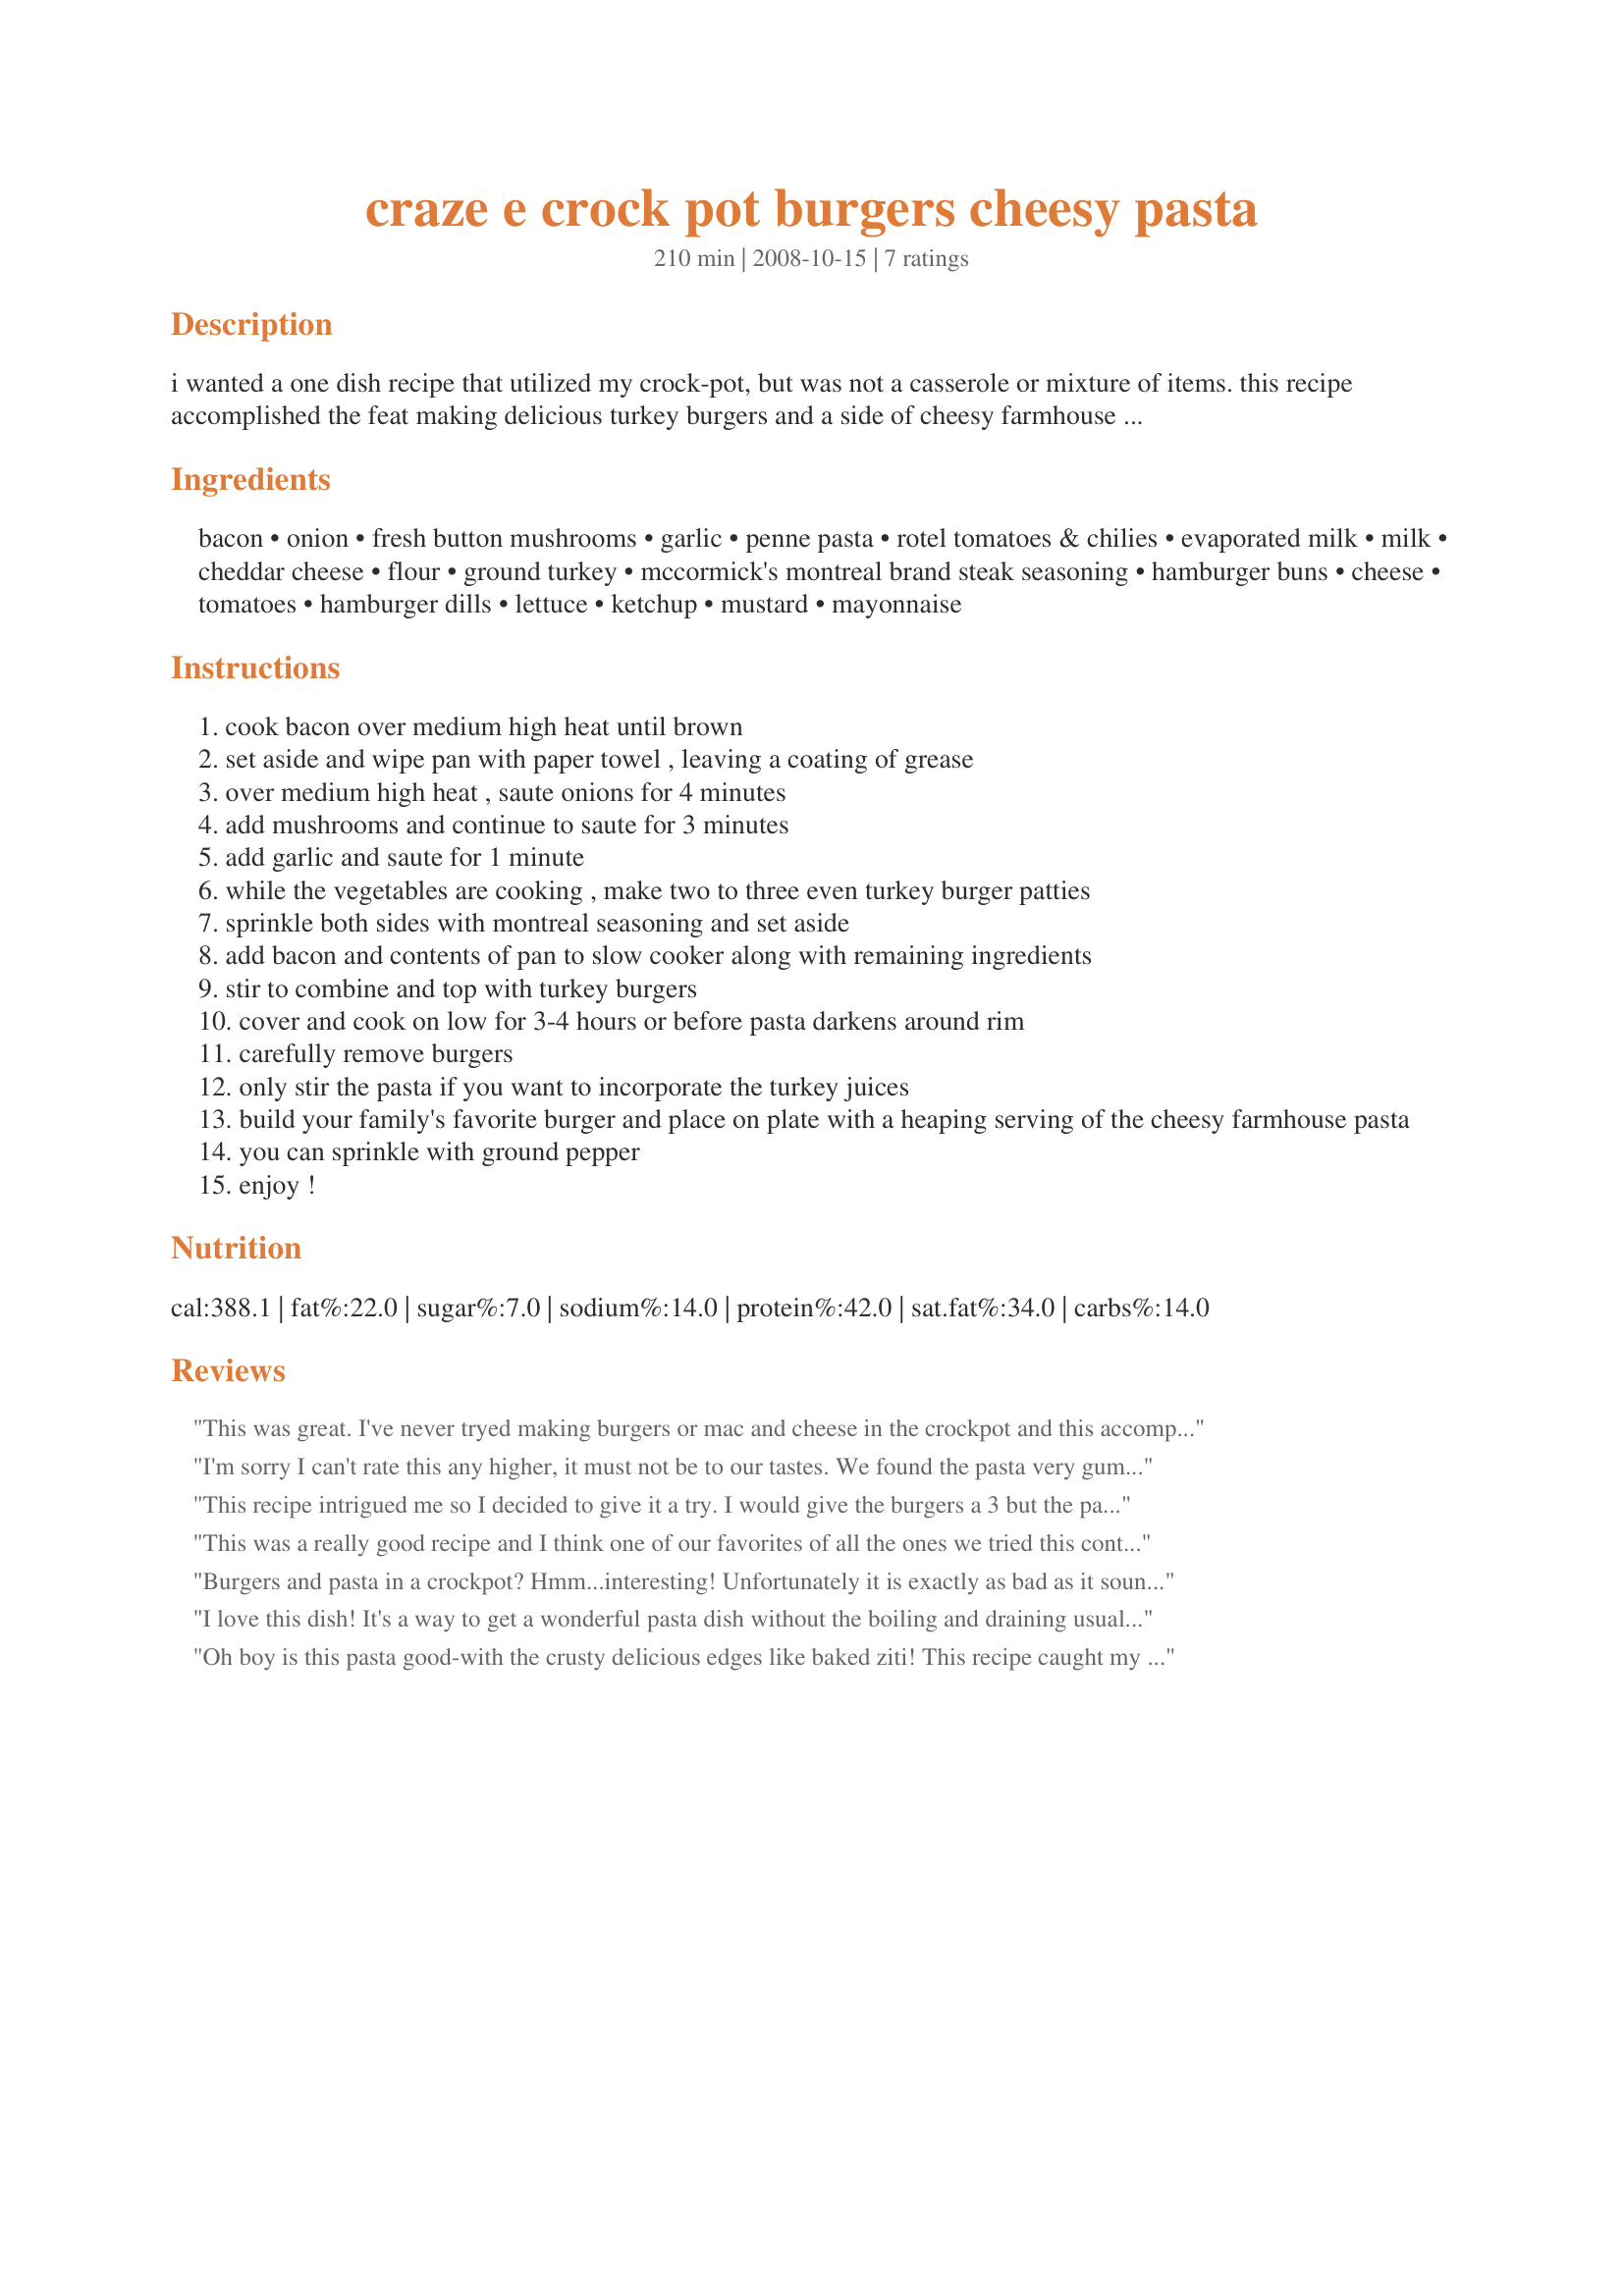
craze e crock pot burgers cheesy pasta
Preparation time: 210 minutes

i wanted a one dish recipe that utilized my crock-pot, but was not a casserole or mixture of items. this recipe accomplished the feat making delicious turkey burgers and a side of cheesy farmhouse pasta! best of all, it makes dinner for 3 and then lunch for the next day or even a side dish for dinner the next night! perfect if you have some place to be for a few hours and will be returning home at dinner time. no scrambling on school or work nights! i created this recipe for the "category craze-e contest" in the contest and events forum.

Ingredients:
bacon, onion, fresh button mushrooms, garlic, penne pasta, rotel tomatoes & chilies, evaporated milk, milk, cheddar cheese, flour, ground turkey, mccormick's montreal brand steak seasoning, hamburger buns, cheese, tomatoes, hamburger dills, lettuce, ketchup, mustard, mayonnaise

Steps:
cook bacon over medium high heat until brown
set aside and wipe pan with paper towel , leaving a coating of grease
over medium high heat , saute onions for 4 minutes
add mushrooms and continue to saute for 3 minutes
add garlic and saute for 1 minute
while the vegetables are cooking , make two to three even turkey burger patties
sprinkle both sides with montreal seasoning and set aside
add bacon and contents of pan to slow cooker along with remaining ingredients
stir to combine and top with turkey burgers
cover and cook on low for 3-4 hours or before pasta darkens around rim
carefully remove burgers
only stir the pasta if you want to incorporate the turkey juices
build your family's favorite burger and place on plate with a heaping serving of the cheesy farmhouse pasta
you can sprinkle with ground pepper
enjoy !

Reviews:
This was great. I've never tryed making burgers or mac and cheese in the crockpot and this accomplished both. Loved the combination of flavors in the pasta and the burgers were moist and juicy.
I'm sorry I can't rate this any higher, it must not be to our tastes. We found the pasta very gummy and mushy, and I cooked it as directed. And the turkey burgers didn't have much flavor for us. Maybe with some tweaking , this could work.
This recipe intrigued me so I decided to give it a try. I would give the burgers a 3 but the pasta deserves a 5 hence the 4 rating. My burgers were completely white which was a turn off for me. Next time I'll just make the pasta and fry my burgers.
This was a really good recipe and I think one of our favorites of all the ones we tried this contest. I had to leave out the mushrooms tho bc dh won't eat them. :( I did not take a picture because when I turned the camera on the battery was dead! Probably better anyway since I did not add the mushrooms. Burgers were a nice change from the other items offered in this contest, which helped me to select this as one of the ones I made. Best of luck in the contest!
Burgers and pasta in a crockpot? Hmm...interesting! Unfortunately it is exactly as bad as it sounds. Mediocre versions of both. The burgers turn out overdone and extremely dry and the pasta a mushy flavorless mess. Pasta definitely needs some salt added. Do not recommend this.
I love this dish! It's a way to get a wonderful pasta dish without the boiling and draining usually necessary. The pasta is delicious, and the turkeyburgers satisfy my husband--a true meateater. I will be making this again and again! BTW, it really doesn't need 1.25 lbs of burger. I only used 3/4 lb for two large patties, which totally filled up the top of my crockpot.
Oh boy is this pasta good-with the crusty delicious edges like baked ziti! This recipe caught my eye when I read through the Craze-E Crockpot Contest entries, but I didn't think it would work. How could the turkey burgers be fully cooked (let alone good?) just sitting on top on low. I was skeptical of the Mac and Cheese since I struggled to make my own entry work, and it definitely required stirring. When I saw this come up as a finalist in the contest, I was completely intrigued! This made not only delicious, juicy, flavorful burgers that were perfectly cooked but also absolutely fantastic pasta - spicy, cheesy, full of mushrooms and crusty to perfection-which I don't think would have been achieved if it were stirred. (I couldn't get back to the crockpot for a full 3 1/2 hours.) I love this recipe and will definitely do this again-besides the perfect blend of flavors, I really like only having to wash one pot! I will likely delete the bacon and definitely use cooking spray first,to reduce clean-up. This is a very clever recipe conjured up by a crockpot genius!
